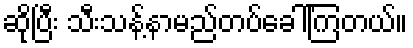
ဆိုပြီး သီးသန့်နာမည်တပ်ခေါ်ကြတယ်။